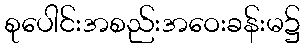
စုပေါင်းအစည်းအဝေးခန်းမ၌